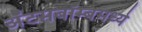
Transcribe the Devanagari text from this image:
अॅटमबॉम्बमध्ये